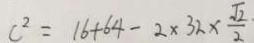
c ^ { 2 } = 1 6 + 6 4 - 2 \times 3 2 \times \frac { \sqrt { 2 } } { 2 }